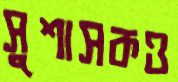
সুশাসকও